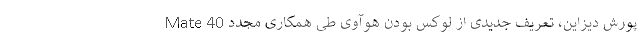
Mate 40 پورش دیزاین، تعریف جدیدی از لوکس بودن هوآوی طی همکاری مجدد